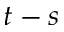
t - s